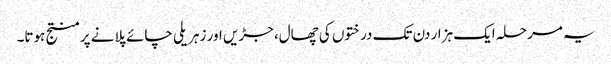
یہ مرحلہ ایک ہزار دن تک درختوں کی چھال، جڑیں اور زہریلی چائے پلانے پر منتج ہوتا۔